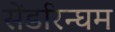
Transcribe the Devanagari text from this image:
सेंडरिन्घम